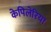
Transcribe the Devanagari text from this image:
केपिलेरिया